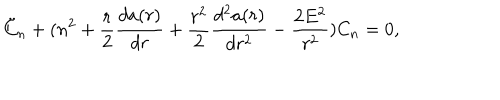
\ddot { C } _ { n } + ( n ^ { 2 } + \frac { r } { 2 } \frac { d a ( r ) } { d r } + \frac { r ^ { 2 } } { 2 } \frac { d ^ { 2 } a ( r ) } { d r ^ { 2 } } - \frac { 2 E ^ { 2 } } { r ^ { 2 } } ) C _ { n } = 0 ,